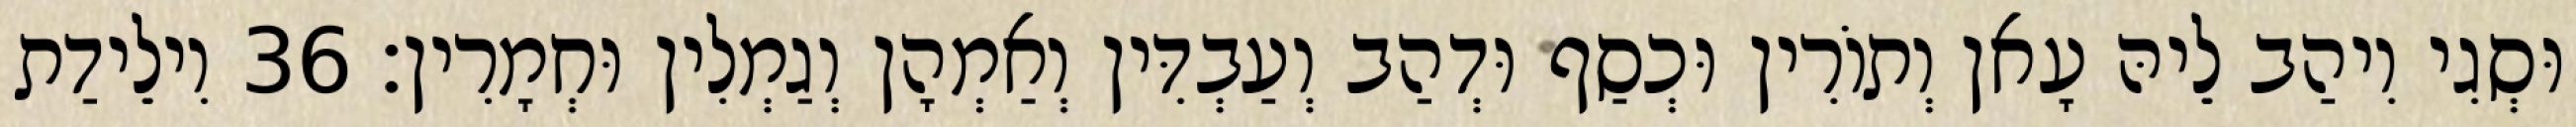
וּסְגִי וִיהַב לֵיהּ עָאן וְתוֹרִין וּכְסַף וּדְהַב וְעַבְדִּין וְאַמְהָן וְגַמְלִין וּחְמָרִין׃ 36 וִילֵידַת